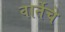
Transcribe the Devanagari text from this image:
वार्तेचे